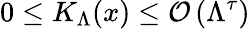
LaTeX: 0\le K_{\Lambda}(x)\le{\cal{O}}\left(\Lambda^{\tau}\right)